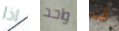
اذا واحد أنت